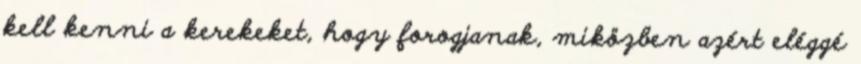
kell kenni a kerekeket, hogy forogjanak, miközben azért eléggé